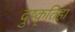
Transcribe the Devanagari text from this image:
दुष्कृतिहा